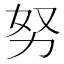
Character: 努